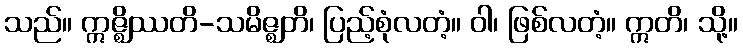
သည်။ ဣဇ္ဈိဿတိ-သမိဇ္ဈတိ၊ ပြည့်စုံလတံ့။ ဝါ၊ ဖြစ်လတံ့။ ဣတိ၊ သို့။